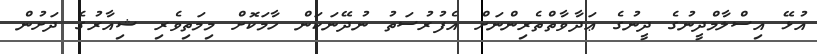
އުޅޭ އިސްލާމްދީނުގެ ދީނުގެ ޢަދާވާތްތެރިންނަށް އެފުރުސަތު ނުދޭނަކަން ހާމަކޮށް މިމަތިވެރި ޝިއާރުގެ ދަށުން